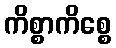
ကိစ္စာကိစ္စေ